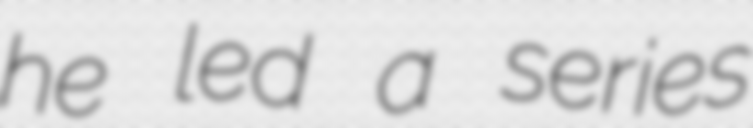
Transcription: he led a series